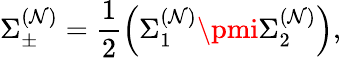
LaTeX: \Sigma_{\pm}^{(\mathcal{N})}=\frac{{1}}{{2}}\left(\Sigma_{1}^{(\mathcal{N})}\pmi\Sigma_{2}^{(\mathcal{N})}\right),